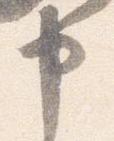
申